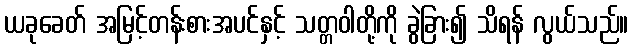
ယခုခေတ် အမြင့်တန်းစားအပင်နှင့် သတ္တဝါတို့ကို ခွဲခြား၍ သိရန် လွယ်သည်။